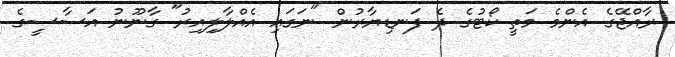
ރާއްޖޭގެ އެންމެ މަތީ ކޯޓުގެ ދެ ފަނޑިޔާރުން "ނަގައި އެއްލާލިއިރު" ގާނޫނު އަސާސީގެ